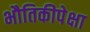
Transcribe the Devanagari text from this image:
भौतिकीपेक्षा